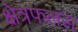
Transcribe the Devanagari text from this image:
क्षेत्रफलस